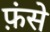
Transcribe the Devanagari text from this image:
फ़ंसे